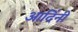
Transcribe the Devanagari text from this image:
आदिंनी